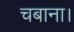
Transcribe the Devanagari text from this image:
चबाना।